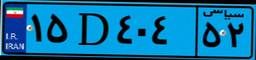
۴۱D۱۴۳۷۶